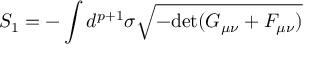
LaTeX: S _ { 1 } = - \int d ^ { p + 1 } \sigma \sqrt { - \mathrm { \mathrm { d e t } } ( G _ { \mu \nu } + { \cal F } _ { \mu \nu } ) }